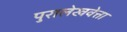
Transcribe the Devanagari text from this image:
पुरालेखवेत्ता